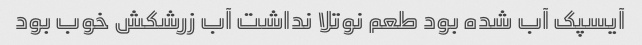
آیسپک آب شده بود طعم نوتلا نداشت آب زرشکش خوب بود